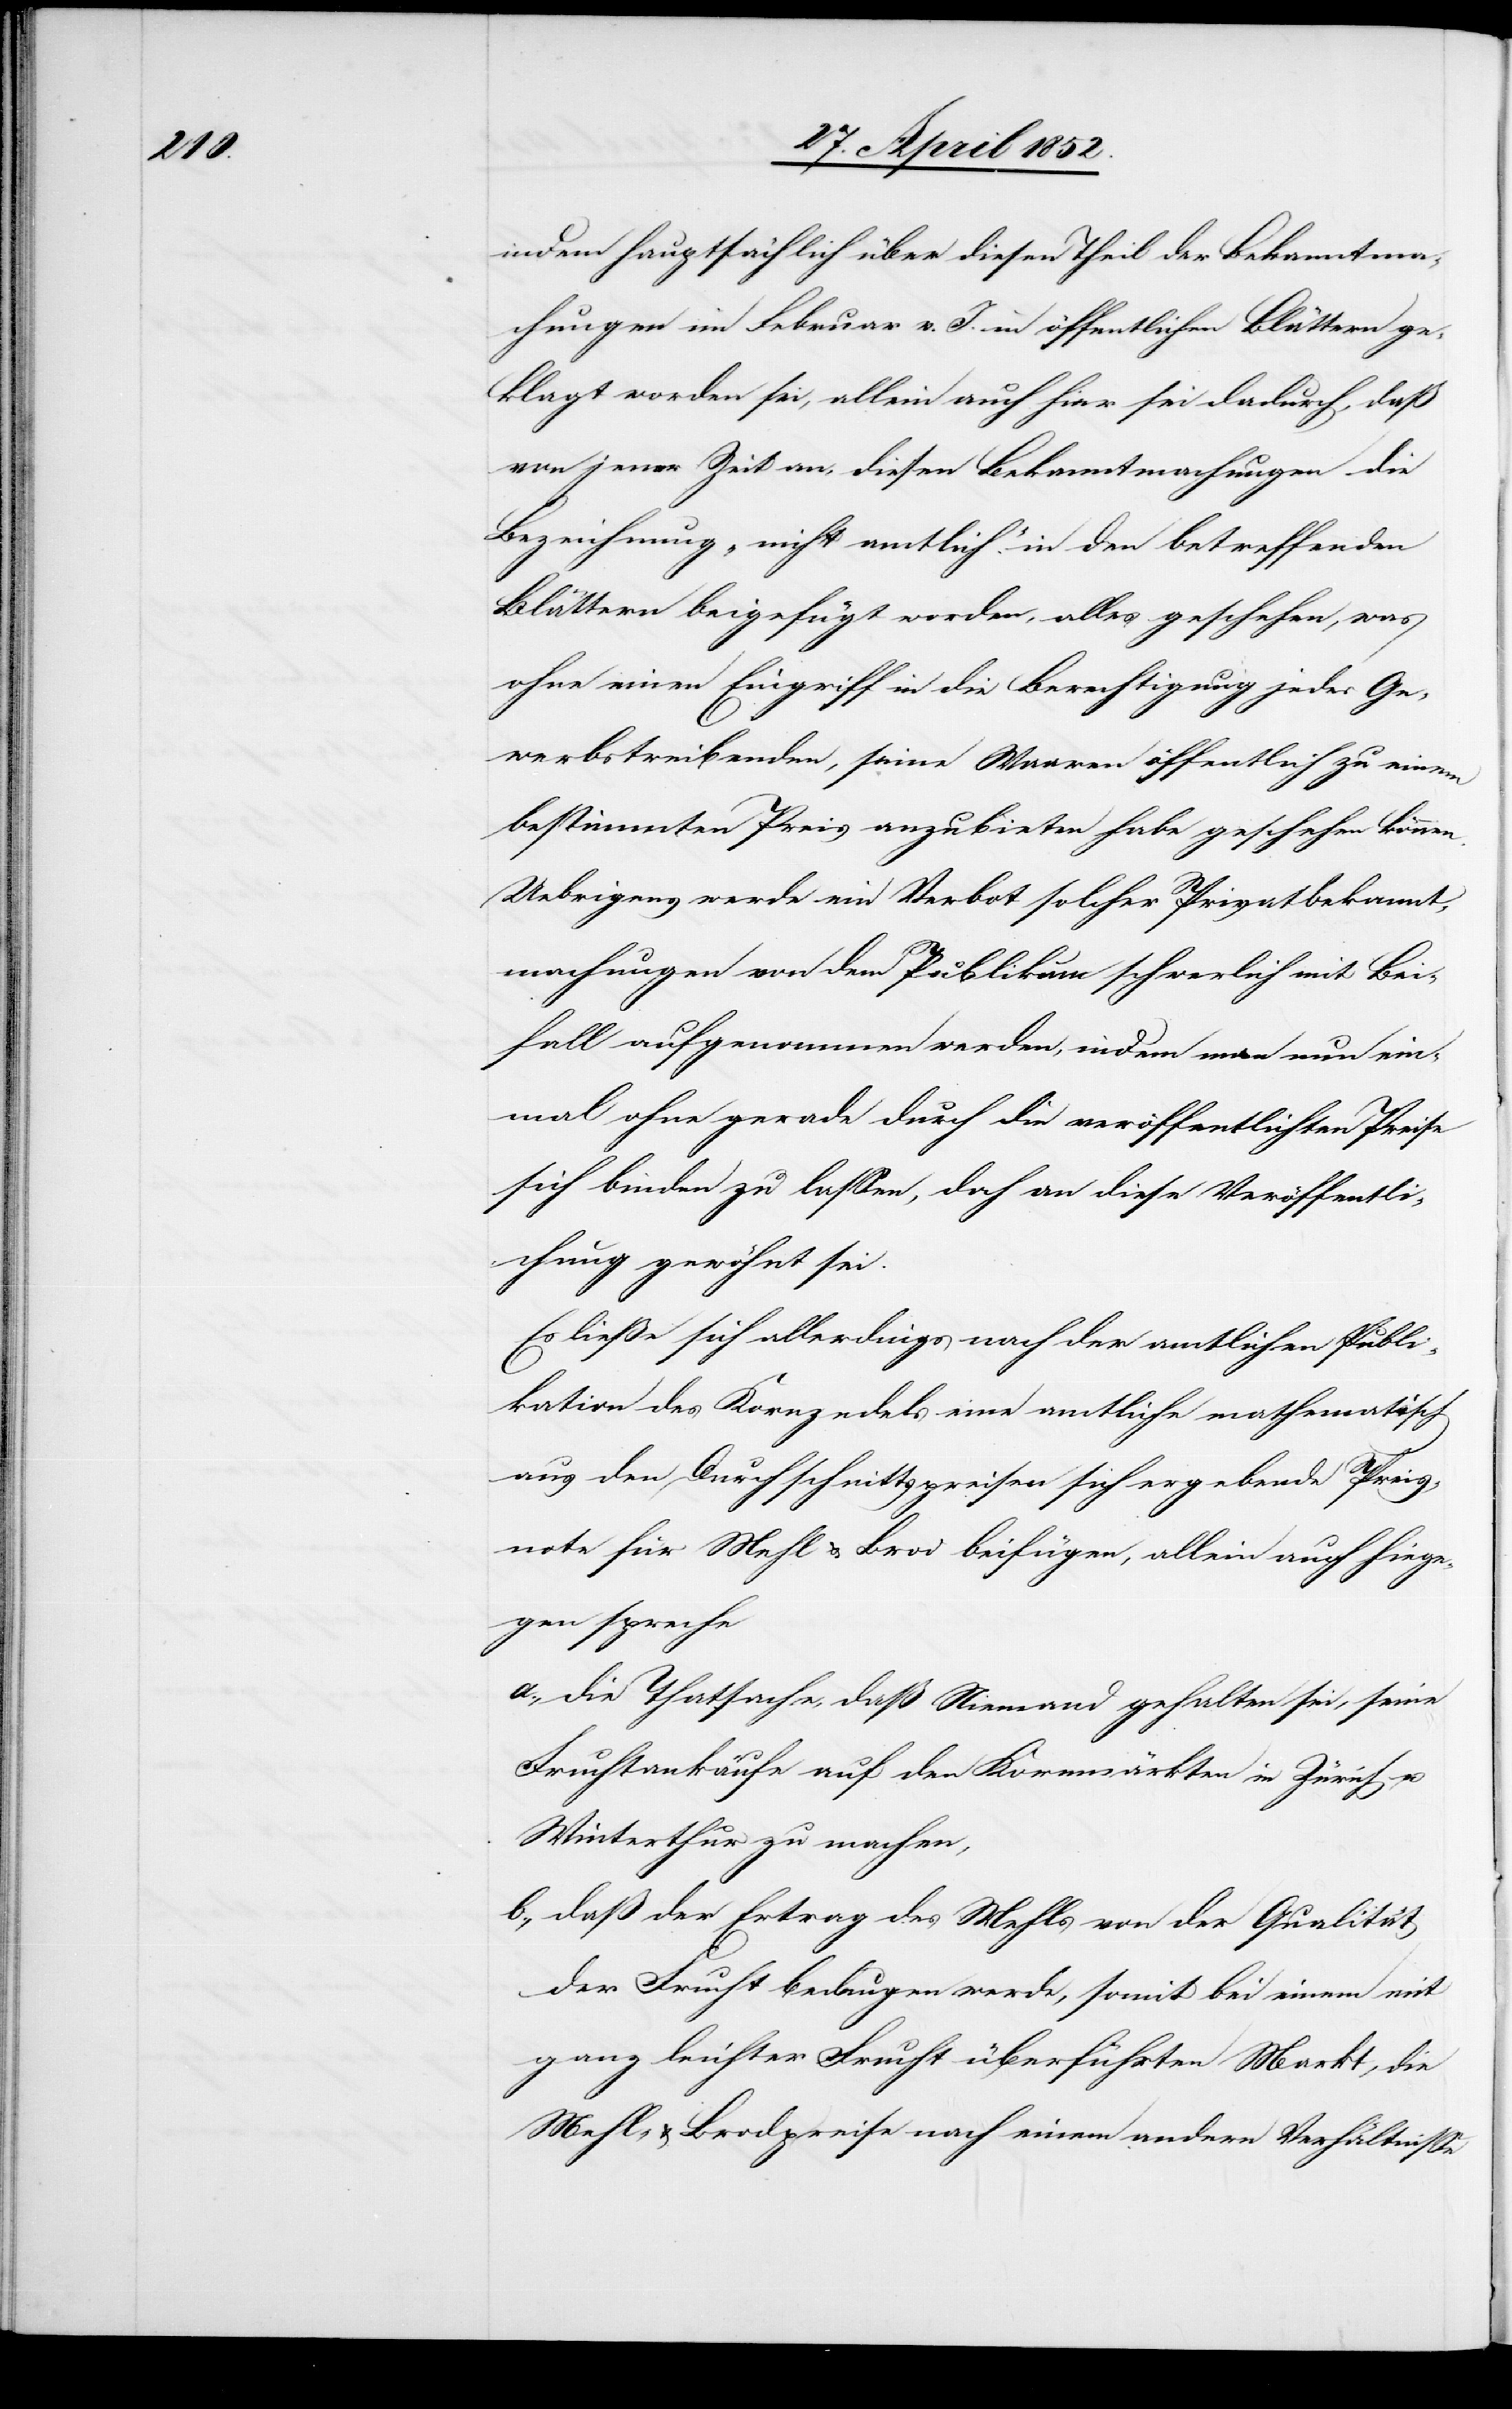
indem hauptsächlich über diesen Theil der Bekanntma¬
chungen im Februar v. J. in öffentlichen Blättern ge¬
klagt worden sei, allein auch hier sei dadurch, daß
von jener Zeit an, diesen Bekanntmachungen die
Bezeichnung „nicht amtlich.“ in den betreffenden
Blättern beigefügt worden, alles geschehen, was
ohne einen Eingriff in die Berechtigung jedes Ge¬
werbstreibenden, seine Waaren öffentlich zu einem
bestimmten Preis anzubieten habe geschehen können.
Uebrigens werde ein Verbot solcher Privatbekannt¬
machungen von dem Publikum schwerlich mit Bei¬
fall aufgenommen werden, indem man nun ein¬
mal ohne gerade durch die veröffentlichten Preise
sich binden zu lassen, doch an diese Veröffentli¬
chung gewöhnt sei.
Es ließe sich allerdings nach der amtlichen Publi¬
kation des Kornzedels eine amtliche mathematisch
aus den Durchschnittspreisen sich ergebende Preis¬
note für Mehl & Brod beifügen, allein auch hiege¬
gen spreche
die Thatsache, daß Niemand gehalten sei, seine
Fruchtankäufe auf den Kornmärkten in Zürich u.
Winterthur zu machen,
daß der Ertrag des Mehls von der Qualität
der Frucht bedungen werde, somit bei einem mit
ganz leichter Frucht überführten Markt, die
Mehl- & Brodpreise nach einem andern Verhältnisse